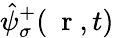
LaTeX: \hat{\psi}_{\sigma}^{+}(\mathrm{~\mathbf~r~},t)